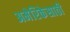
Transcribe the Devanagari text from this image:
अमेरिकेसाठी